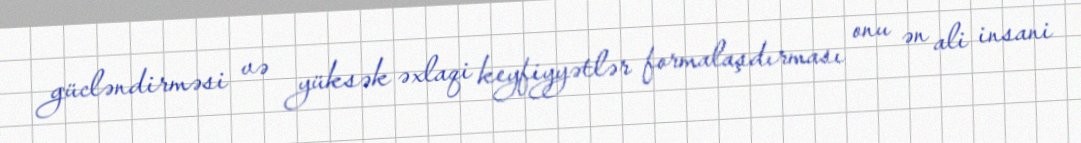
gücləndirməsi və yüksək əxlaqi keyfiyyətlər formalaşdırması onu ən ali insani